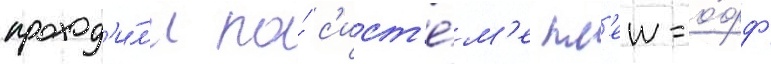
проход'и́л'и по́ с'ист'е́м'е пл'еи-о́фф